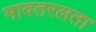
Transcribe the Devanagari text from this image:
भावतरलता